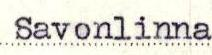
Savonlinna